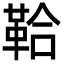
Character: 鞈